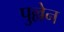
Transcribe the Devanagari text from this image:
पुल्लेन